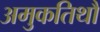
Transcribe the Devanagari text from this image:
अमुकतिथौ